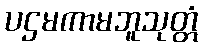
ပဌမကာမဘူသုတ္တံ